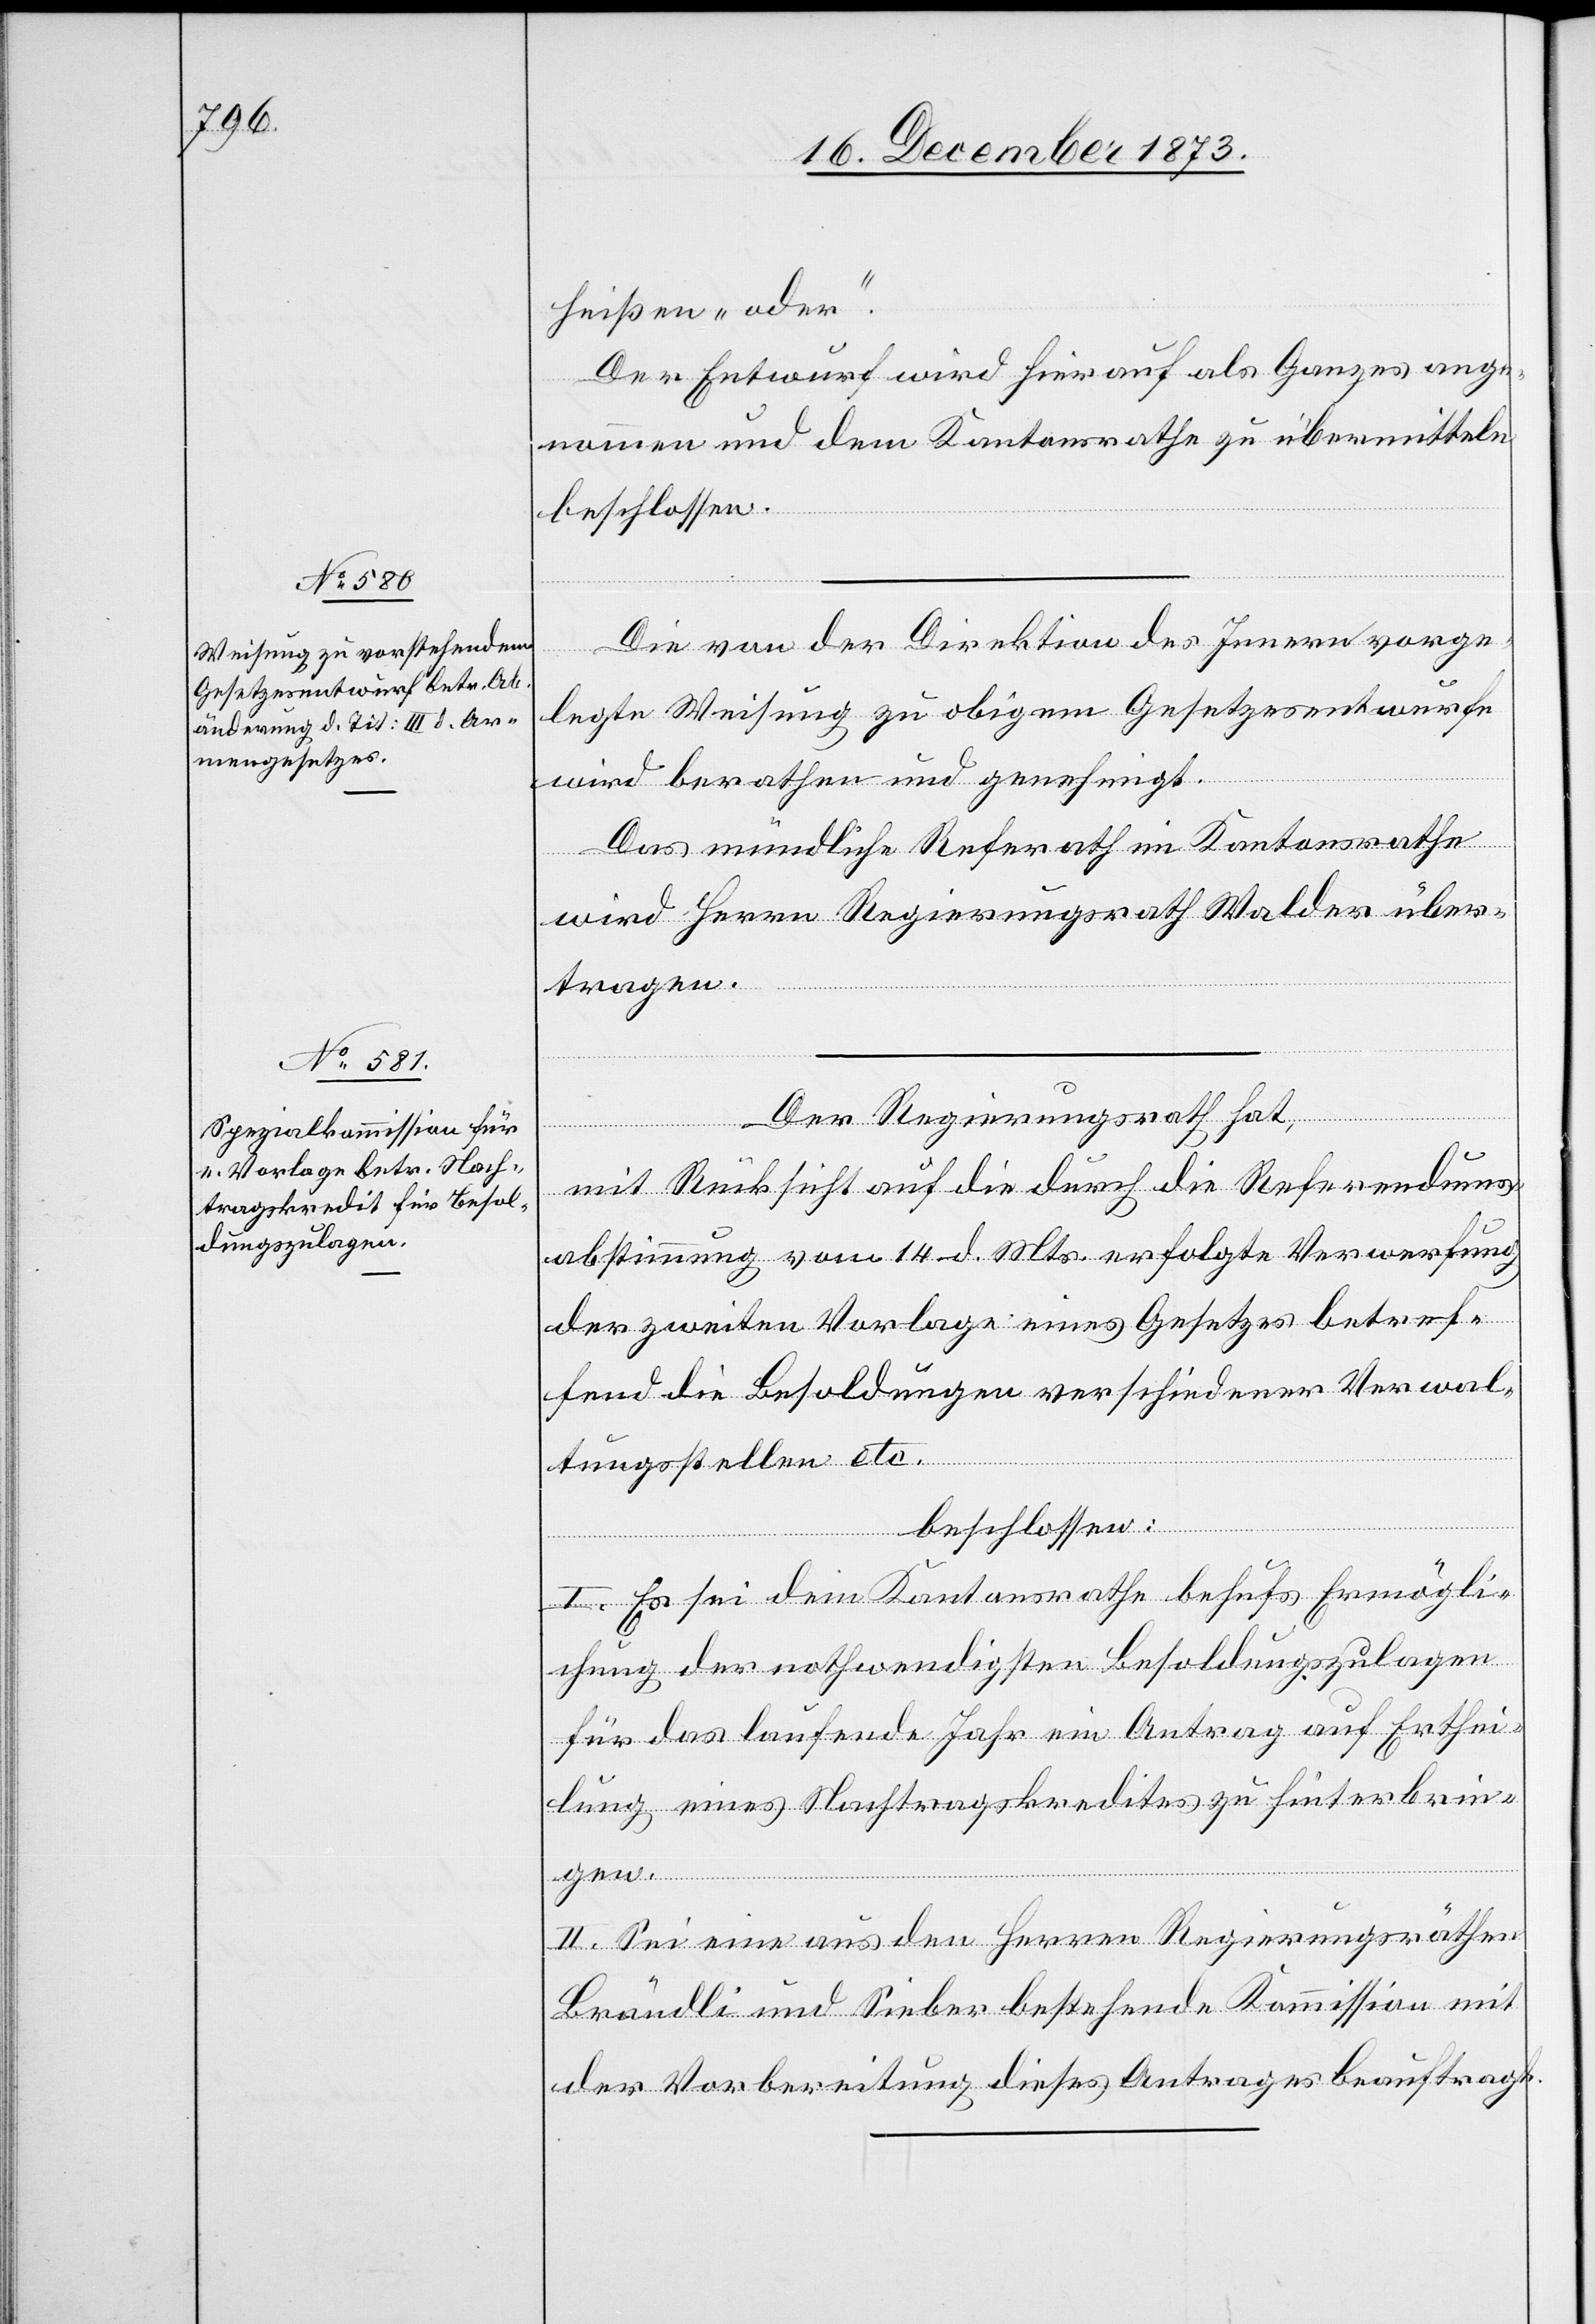
heißen „oder“.
Der Entwurf wird hierauf als Ganzes ange¬
nommen und dem Kantonsrathe zu übermitteln
beschlossen.
Die von der Direktion des Innern vorge¬
legte Weisung zu obigem Gesetzesentwurfe
wird berathen und genehmigt.
Das mündliche Referath im Kantonsrathe
wird Herrn Regierungsrath Walder über¬
tragen.
Der Regierungsrath hat,
mit Rücksicht auf die durch die Referendums¬
abstimmung vom 14. d. Mts. erfolgte Verwerfung
der zweiten Vorlage eines Gesetzes betref¬
fend die Besoldungen verschiedener Verwal¬
tungsstellen etc.
beschlossen:
I. Es sei dem Kantonsrathe behufs Ermögli¬
chung der nothwendigsten Besoldungszulagen
für das laufende Jahr ein Antrag auf Erthei¬
lung eines Nachtragskredites zu hinterbrin¬
gen.
II. Sei eine aus den Herren Regierungsräthen
Brändli und Sieber bestehende Kommission mit
der Vorbereitung dieses Antrages beauftragt.